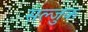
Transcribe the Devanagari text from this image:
सल्जुक